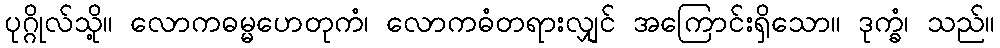
ပုဂ္ဂိုလ်သို့။ လောကဓမ္မဟေတုကံ၊ လောကဓံတရားလျှင် အကြောင်းရှိသော။ ဒုက္ခံ၊ သည်။